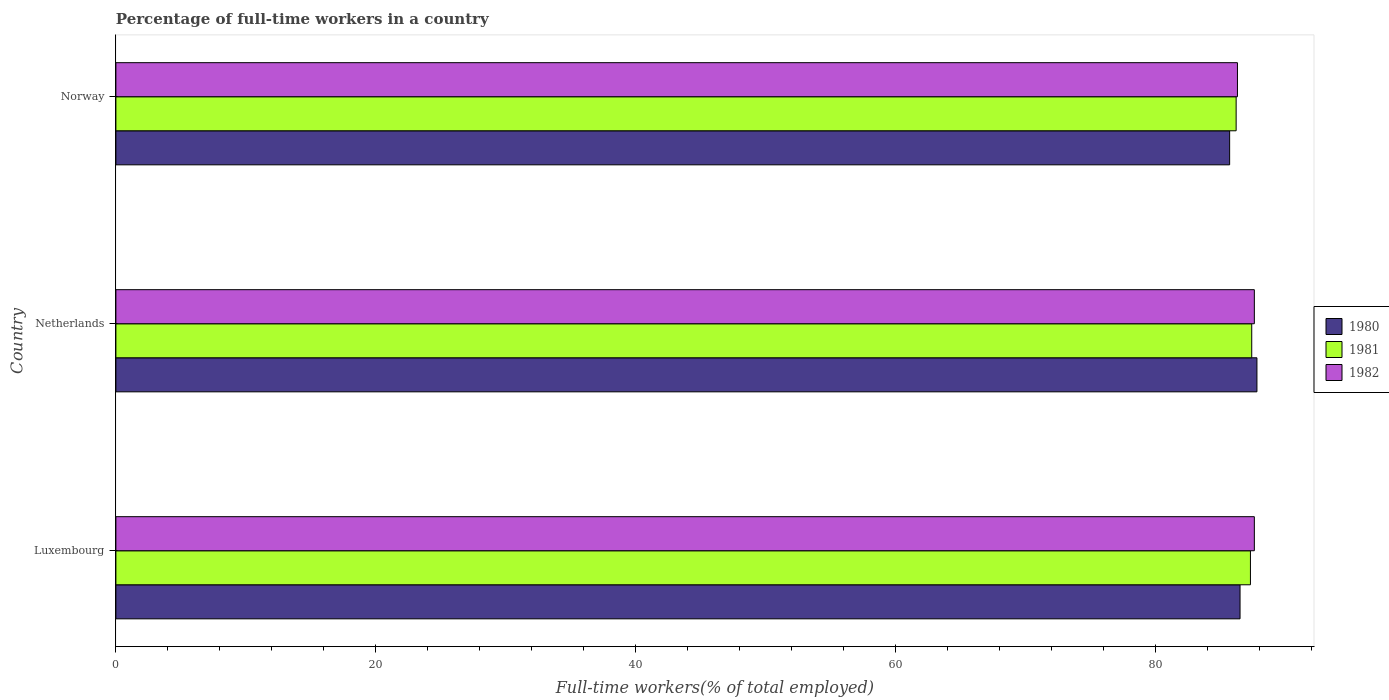
| Country | 1980 | 1981 | 1982 |
 | --- | --- | --- | --- |
 | Luxembourg | 86.5 | 87.3 | 87.6 |
 | Netherlands | 87.8 | 87.4 | 87.6 |
 | Norway | 85.7 | 86.2 | 86.3 |